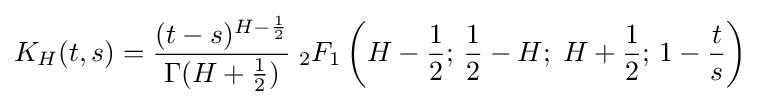
K_{H}(t,s)={\frac {(t-s)^{H-{\frac {1}{2}}}}{\Gamma (H+{\frac {1}{2}})}}\;_{2}F_{1}\left(H-{\frac {1}{2}};\,{\frac {1}{2}}-H;\;H+{\frac {1}{2}};\,1-{\frac {t}{s}}\right)